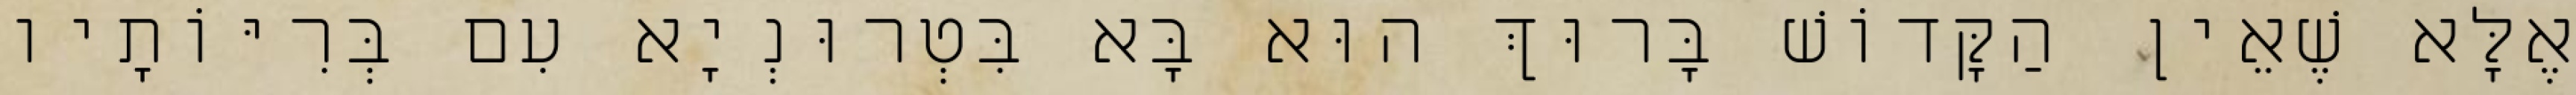
אֶלָּא שֶׁאֵין הַקָּדוֹשׁ בָּרוּךְ הוּא בָּא בִּטְרוּנְיָא עִם בְּרִיּוֹתָיו